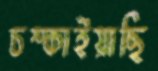
চম্‌কাইয়াছি